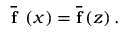
\ \overline { { { \mathbf { f } } } } \ \left( x \right) = \overline { { { \mathbf { f } } } } \left( z \right) .